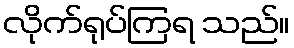
လိုက်ရုပ်ကြရ သည်။